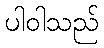
ပါဝါသည်